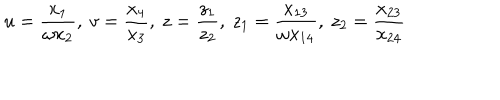
u = \frac { x _ { 1 } } { \omega x _ { 2 } } , ~ v = \frac { x _ { 4 } } { x _ { 3 } } , ~ z = \frac { z _ { 1 } } { z _ { 2 } } , ~ z _ { 1 } = \frac { x _ { 1 3 } } { \omega x _ { 1 4 } } , ~ z _ { 2 } = \frac { x _ { 2 3 } } { x _ { 2 4 } }